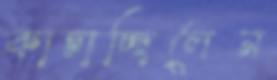
কাচাচ্ছিলেন